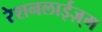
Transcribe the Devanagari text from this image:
रेशनलाईज़्म